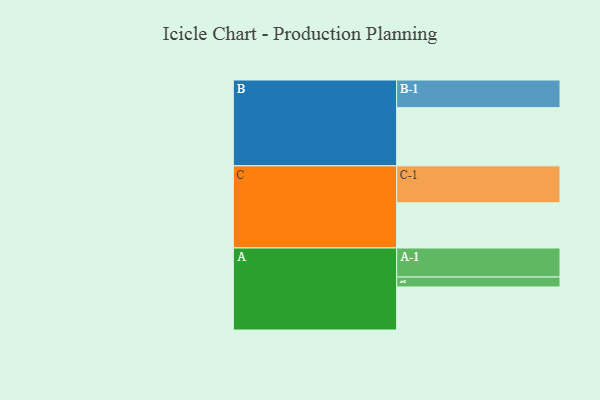
{"axis": {"x": "Segment", "y": "Value"}, "legend": ["", "A", "B", "C"], "data": [{"x": "A", "y": 347, "type": ""}, {"x": "B", "y": 469, "type": ""}, {"x": "C", "y": 364, "type": ""}, {"x": "A-1", "y": 234, "type": "A"}, {"x": "A-2", "y": 80, "type": "A"}, {"x": "B-1", "y": 223, "type": "B"}, {"x": "C-1", "y": 298, "type": "C"}]}